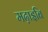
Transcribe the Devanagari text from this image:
मढ़ाइबि